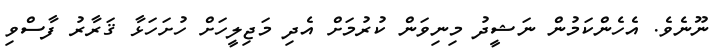
ނޫނެވެ. އެހެންކަމުން ނަޝީދު މިނިވަން ކުރުމަށް އެދި މަޖިލީހަށް ހުށަހަޅާ ޤަރާރު ފާސްވި